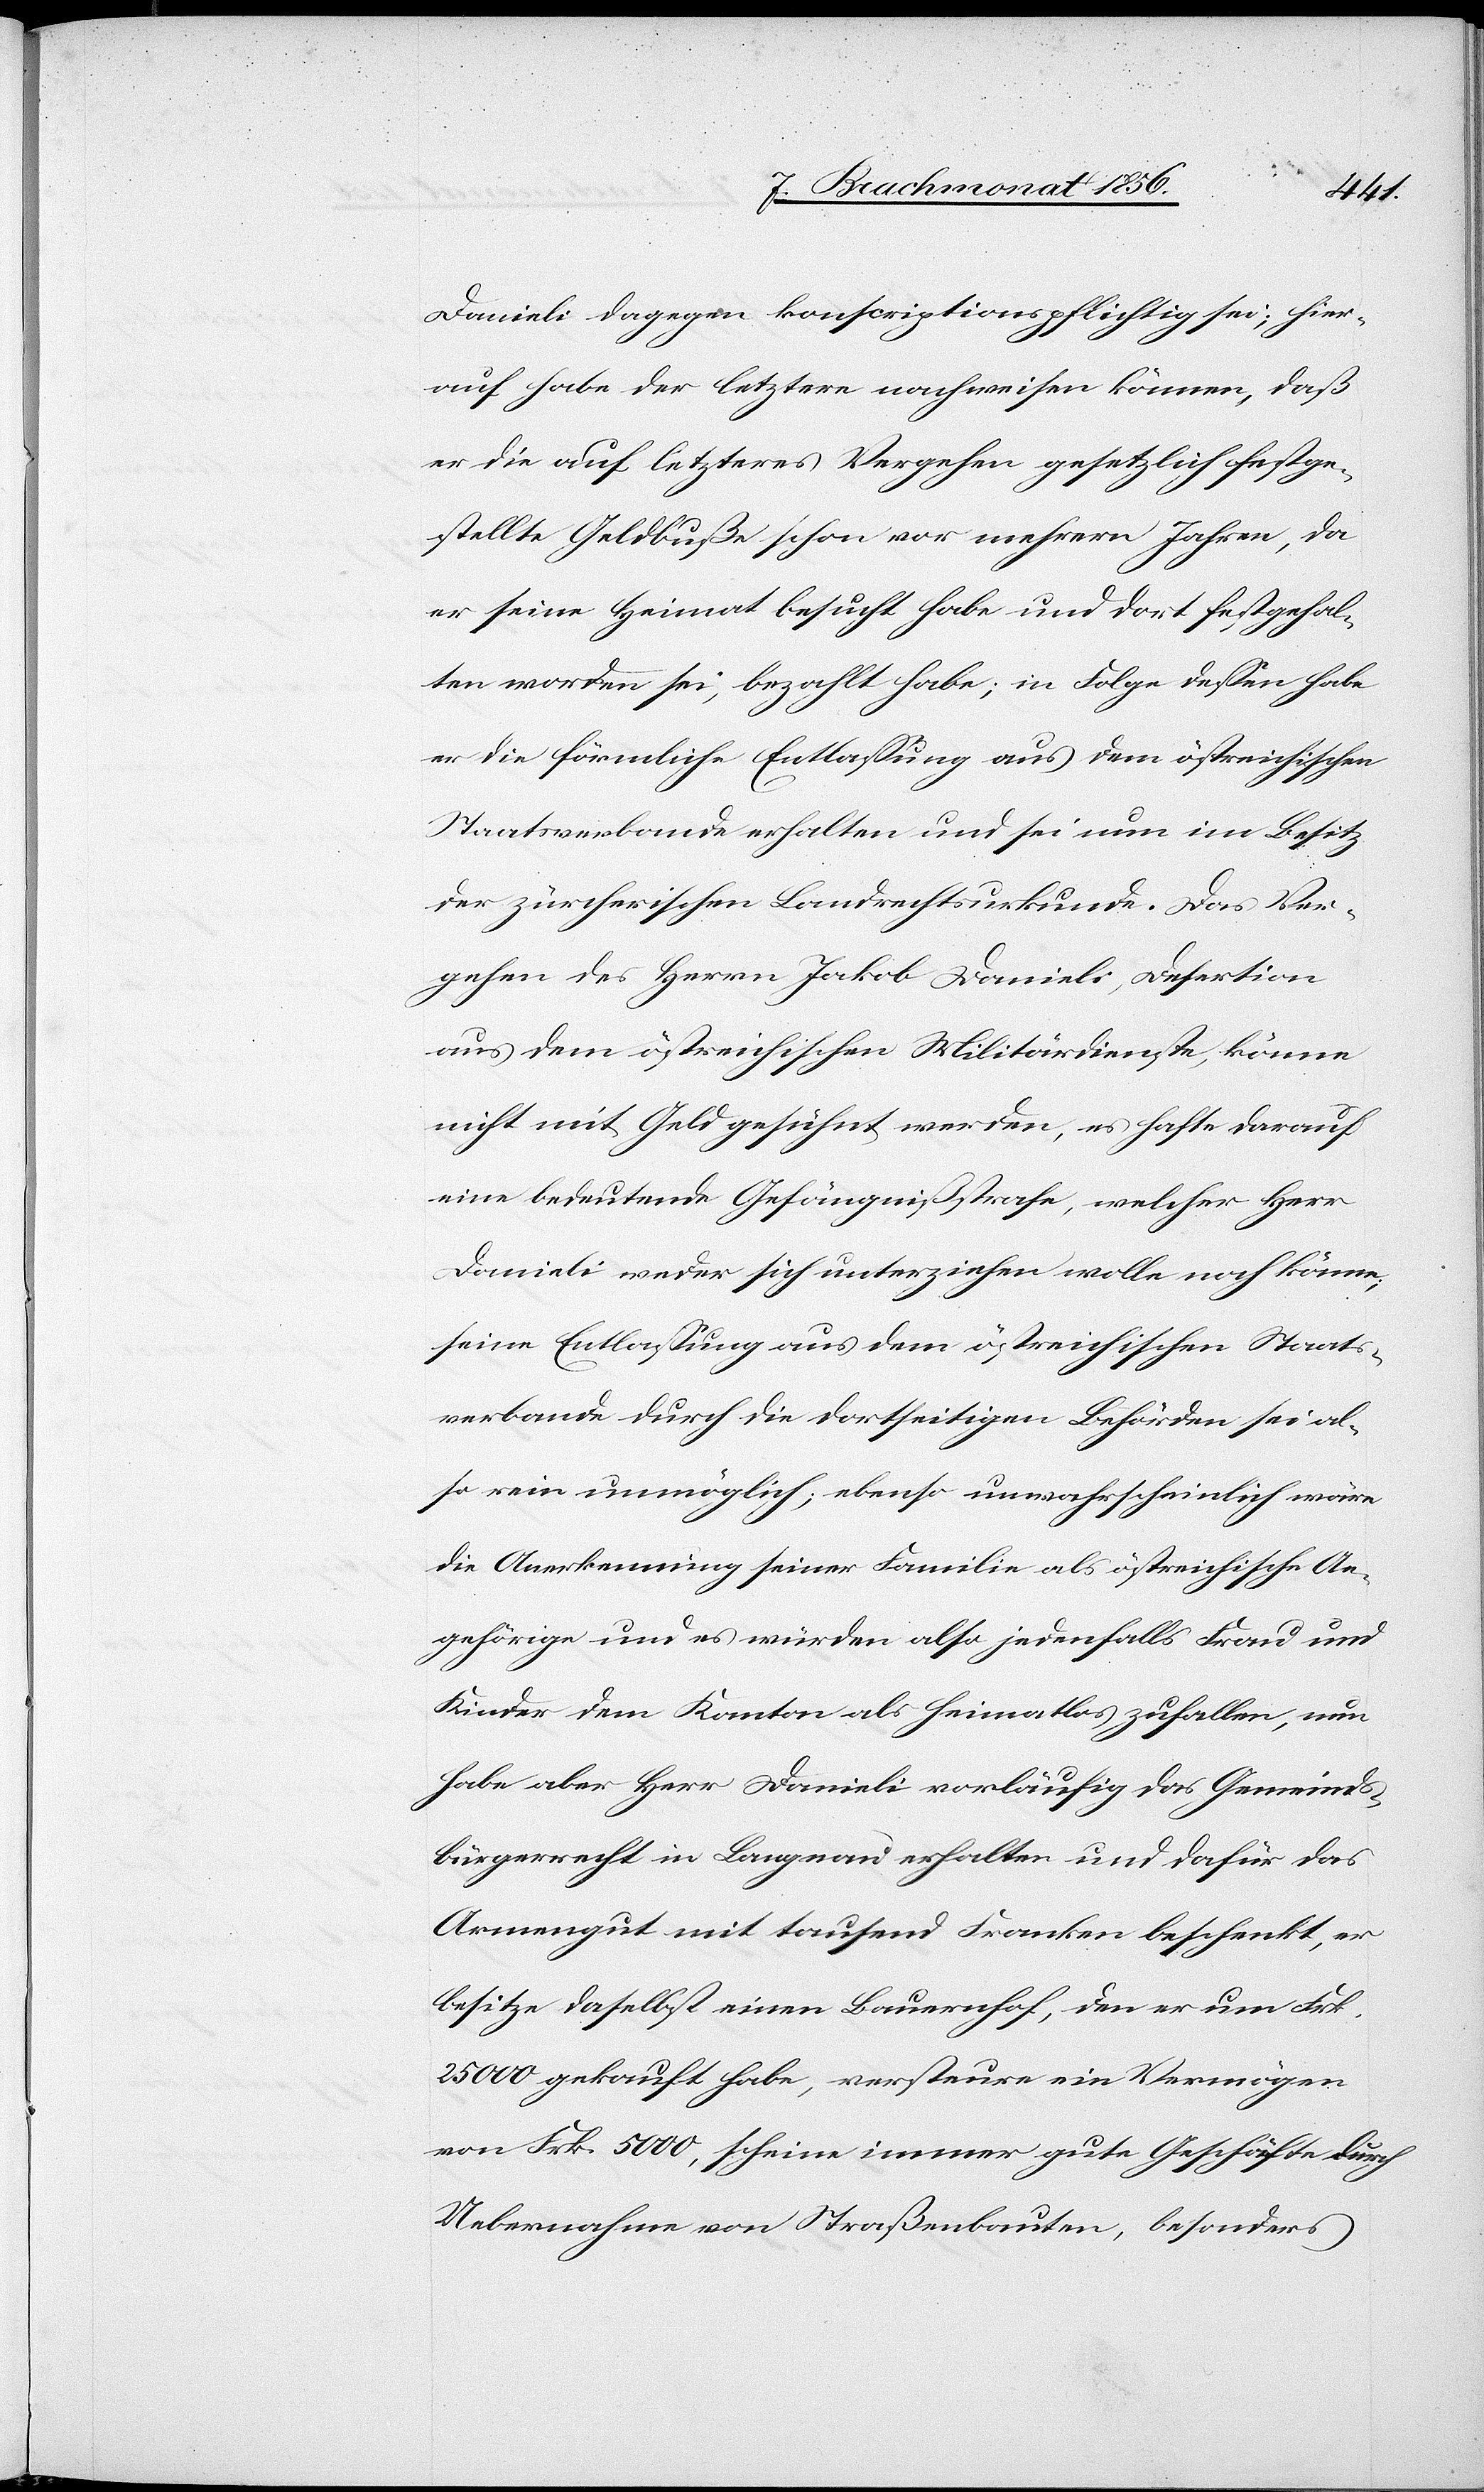
Danieli dagegen konscriptionspflichtig sei; hier¬
auf habe der letztere nachweisen können, daß
er die auf letzteres Vergehen gesetzlich festge¬
stellte Geldbuße schon vor mehrern Jahren, da
er seine Heimat besucht habe und dort festgehal¬
ten worden sei, bezahlt habe; in Folge dessen habe
er die förmliche Entlassung aus dem östreichischen
Staatsverbande erhalten und sei nun im Besitz
der zürcherischen Landrechtsurkunde. Das Ver¬
gehen des Herrn Jakob Danieli, Desertion
aus dem östreichischen Militärdienste, könne
nicht mit Geld gesühnt werden, es hafte darauf
eine bedeutende Gefängnißstrafe, welcher Herr
Danieli weder sich unterziehen wolle noch könne;
seine Entlassung aus dem östreichischen Staats¬
verbande durch die dortseitigen Behörden sei al¬
so rein unmöglich; ebenso unwahrscheinlich wäre
die Anerkennung seiner Familie als östreichische An¬
gehörige und es würden also jedenfalls Frau und
Kinder dem Kanton als heimatlos zufallen, nun
habe aber Herr Danieli vorläufig das Gemeind¬
bürgerrecht in Langnau erhalten und dafür das
Armengut mit tausend Franken beschenkt, er
besitze daselbst einen Bauernhof, den er um Frk.
25000 gekauft habe, versteure ein Vermögen
von Frk. 5000, scheine immer gute Geschäfte durch
Uebernahme von Straßenbauten, besonders